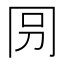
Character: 𠕕